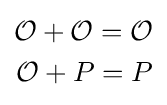
{\begin{aligned}{\mathcal {O}}+{\mathcal {O}}={\mathcal {O}}\\{\mathcal {O}}+P=P\end{aligned}}